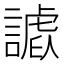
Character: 𧫪